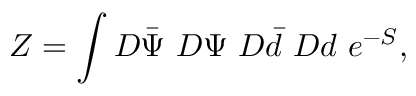
Z = \int D \bar { \Psi } ~ D \Psi ~ D \bar { d } ~ D d ~ e ^ { - S } ,